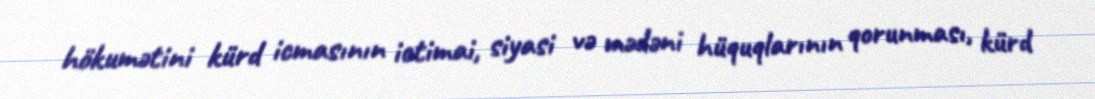
hökumətini kürd icmasının ictimai, siyasi və mədəni hüquqlarının qorunması, kürd